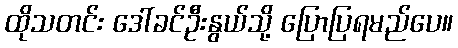
ထိုသတင်း ဒေါ်ခင်ဦးနွယ်သို့ ပြောပြရမည်ပေ။